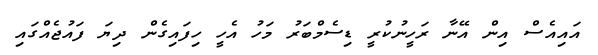
އައިއެސް އިން އޭނާ ރަހީނުކުރީ ޑިސެމްބަރު މަހު އެހީ ހިފައިގެން ދިޔަ ފައުޖެއްގައި